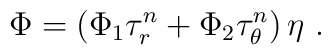
\Phi= \left(\Phi_1 \tau_r^{n}+\Phi_2 \tau_\theta^{n}\right) \eta\ .